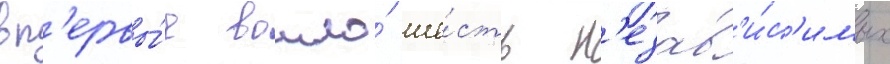
вп'ервы́е вошло́ ше́сть н'езав'и́с'имых